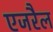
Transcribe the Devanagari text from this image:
एजरैल